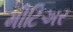
મીટિઅર